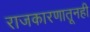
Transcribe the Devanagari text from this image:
राजकारणातूनही